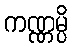
ကဏ္ဏမ္ပိ